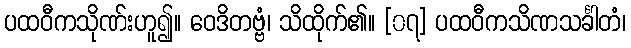
ပထဝီကသိုဏ်းဟူ၍။ ဝေဒိတဗ္ဗံ၊ သိထိုက်၏။ [၀၇] ပထဝီကသိဏသင်္ခါတံ၊